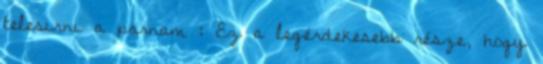
telesirni a parnam : Ez a legérdekesebb része, hogy